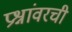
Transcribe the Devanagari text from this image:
प्रश्नांवरची